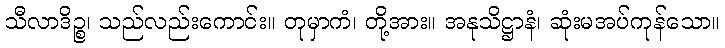
သီလာဒိဉ္စ၊ သည်လည်းကောင်း။ တုမှာကံ၊ တို့အား။ အနုသိဋ္ဌာနံ၊ ဆုံးမအပ်ကုန်သော။